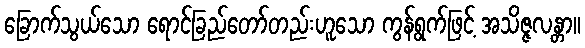
ခြောက်သွယ်သော ရောင်ခြည်တော်တည်းဟူသော ကွန်ရွက်ဖြင့် အသိဇ္ဇလန္တာ။